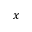
x